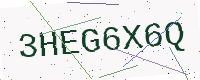
Text: 3HEG6X6Q